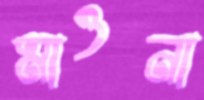
মাওনা